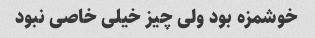
خوشمزه بود ولی چیز خیلی خاصی نبود